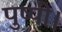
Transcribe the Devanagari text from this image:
पुष्पी।